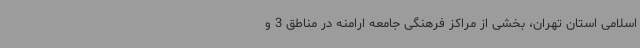
اسلامی استان تهران، بخشی از مراکز فرهنگی جامعه ارامنه در مناطق 3 و